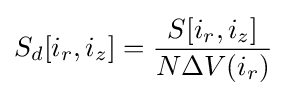
S_{d}[i_{r},i_{z}]={\frac {S[i_{r},i_{z}]}{N\Delta V(i_{r})}}